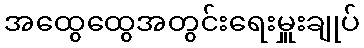
အထွေထွေအတွင်းရေးမှူးချုပ်